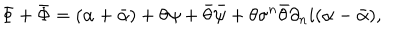
LaTeX: \Phi + \bar { \Phi } = ( \alpha + \bar { \alpha } ) + \theta \psi + \bar { \theta } \bar { \psi } + \theta \sigma ^ { n } \bar { \theta } \partial _ { n } i ( \alpha - \bar { \alpha } ) ,